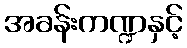
အခန်းကဏ္ဍနှင့်